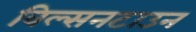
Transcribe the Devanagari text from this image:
विल्सनटाउन